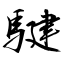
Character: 騝